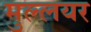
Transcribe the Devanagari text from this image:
मुल्लयर